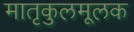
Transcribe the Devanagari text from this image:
मातृकुलमूलक